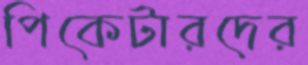
পিকেটারদের